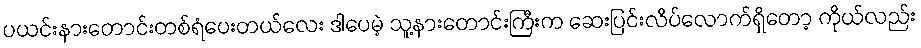
ပယင်းနားတောင်းတစ်ရံပေးတယ်လေး ဒါပေမဲ့ သူ့နားတောင်းကြီးက ဆေးပြင်းလိပ်လောက်ရှိတော့ ကိုယ်လည်း